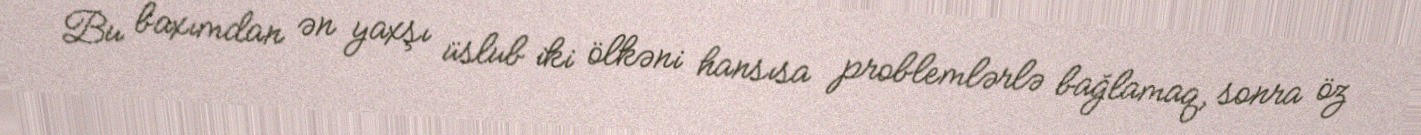
Bu baxımdan ən yaxşı üslub iki ölkəni hansısa problemlərlə bağlamaq, sonra öz